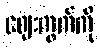
ဈေးကွက်ကို